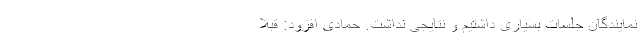
نمایندگان جلساتِ بسیاری داشتیم و نتایجی نداشت. حمادی افزود: قبلا